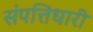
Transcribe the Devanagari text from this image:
संपत्तिधारी